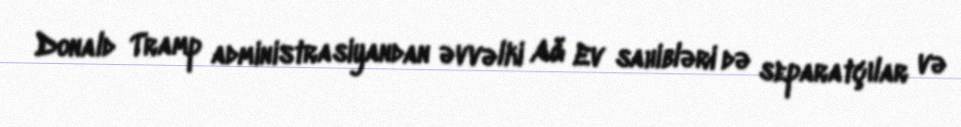
Donald Tramp administrasiyandan əvvəlki Ağ Ev sahibləri də separatçılar və